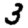
Digit: 3